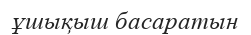
ұшықыш басаратын